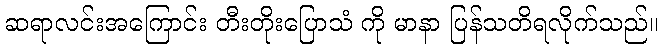
ဆရာလင်းအကြောင်း တီးတိုးပြောသံ ကို မာနာ ပြန်သတိရလိုက်သည်။